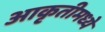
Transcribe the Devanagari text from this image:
आकृतीमध्ये